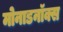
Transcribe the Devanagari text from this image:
मोनाडनॉक्स